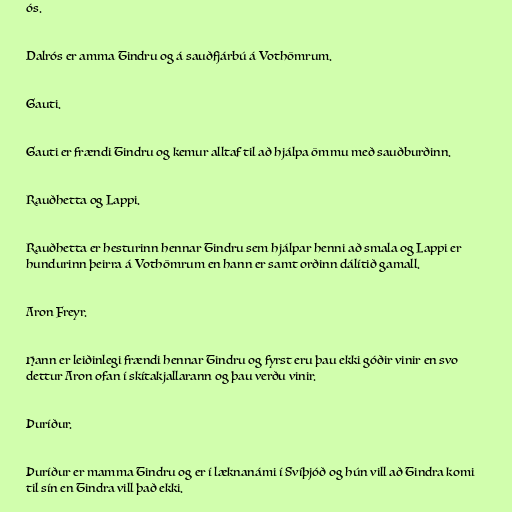
ós.

Dalrós er amma Tindru og á sauðfjárbú á Vothömrum.

Gauti.

Gauti er frændi Tindru og kemur alltaf til að hjálpa ömmu með sauðburðinn.

Rauðhetta og Lappi.

Rauðhetta er hesturinn hennar Tindru sem hjálpar henni að smala og Lappi er
hundurinn þeirra á Vothömrum en hann er samt orðinn dálítið gamall.

Aron Freyr.

Hann er leiðinlegi frændi hennar Tindru og fyrst eru þau ekki góðir vinir en svo
dettur Aron ofan í skítakjallarann og þau verðu vinir.

Þuríður.

Þuríður er mamma Tindru og er í læknanámi í Svíþjóð og hún vill að Tindra komi
til sín en Tindra vill það ekki.